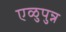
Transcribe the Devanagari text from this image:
एळुपुन्न